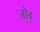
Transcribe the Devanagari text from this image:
जो़ड़